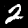
Digit: 2